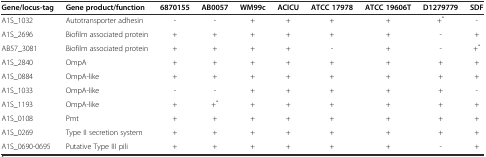
| Gene/locus-tag | Gene product/function | 6870155 | AB0057 | WM99c | ACICU | ATCC 17978 | ATCC 19606T | D1279779 | SDF |
 | --- | --- | --- | --- | --- | --- | --- | --- | --- | --- |
 | A1S_1032 | Autotransporter adhesin | - | - | + | + | + | + | +* | - |
 | A1S_2696 | Biofilm associated protein | + | + | + | + | + | + | - | + |
 | AB57_3081 | Biofilm associated protein | + | + | + | + | - | + | - | +* |
 | A1S_2840 | OmpA | + | + | + | + | + | + | + | + |
 | A1S_0884 | OmpA-like | + | + | + | + | + | + | + | + |
 | A1S_1033 | OmpA-like | - | - | + | + | + | + | + | - |
 | A1S_1193 | OmpA-like | + | +* | + | + | + | + | + | + |
 | A1S_0108 | Pmt | + | + | + | + | + | + | + | + |
 | A1S_0269 | Type II secretion system | + | + | + | + | + | + | + | + |
 | A1S_0690-0695 | Putative Type III pili | + | + | + | + | + | + | - | + |